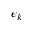
\epsilon _ { k }